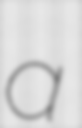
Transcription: a